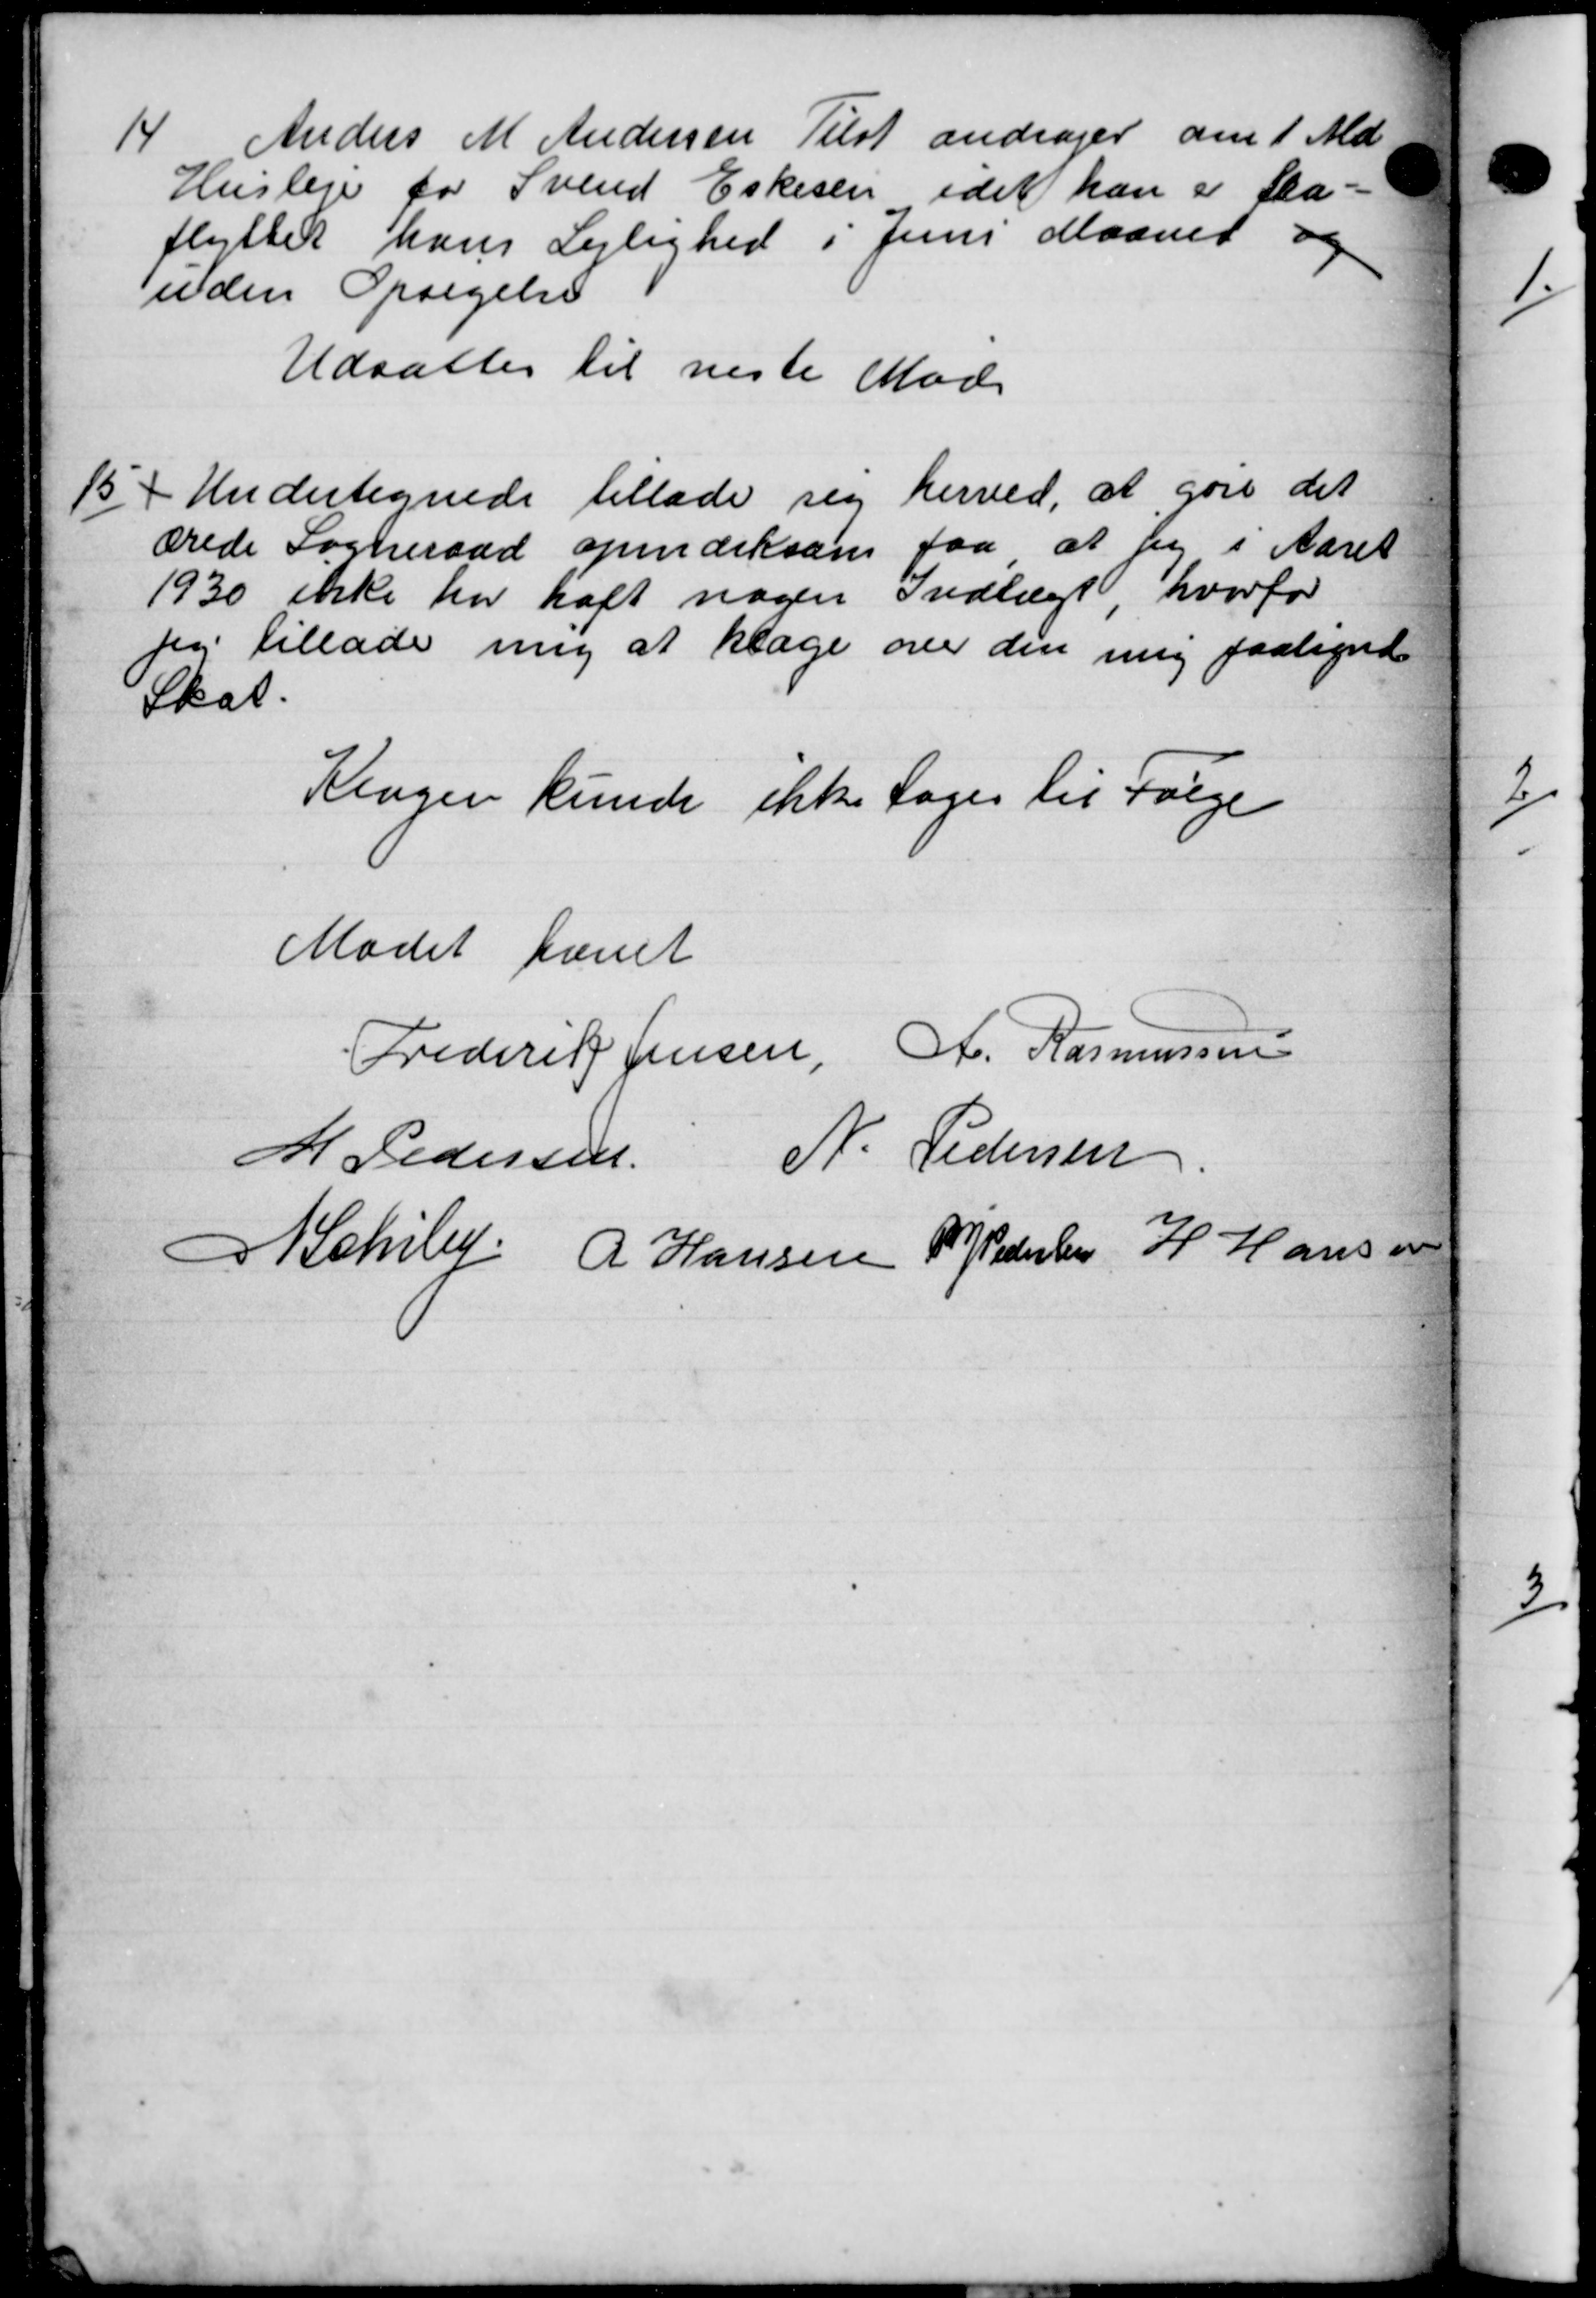
Transskription:
14.
Anders M Andersen Tilst andrager den 1 Md
Husleje for Svend Eskesen idet han er Ska-
flyttet hans Lejlighed i Juni Maanet og
uden Opsigelse
Udsattes til næste Møde
15
Undertegnede tillade sig herved, at gøre det
ærede Sogneraad opmærksom faa at jeg i Aaret
1930 ikke har haft nogen Indtægt hvorfor
Jeg tillade mig at klage over den mig paaligne
Skat.
Klager kunde ikke tages til Følge
Mødet hævet
Frederik Jensen, A. Rasmussen
M Pedersen N. Pedersen
 Schiby R Hansen P Pedersen  H Hansen